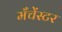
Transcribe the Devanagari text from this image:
मँचेंस्टर